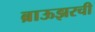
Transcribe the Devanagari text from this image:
ब्राऊझरची